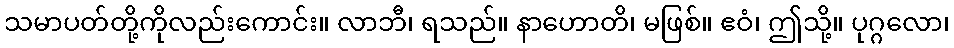
သမာပတ်တို့ကိုလည်းကောင်း။ လာဘီ၊ ရသည်။ နာဟောတိ၊ မဖြစ်။ ဧဝံ၊ ဤသို့။ ပုဂ္ဂလော၊